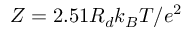
Z = 2 . 5 1 R _ { d } k _ { B } T / e ^ { 2 }